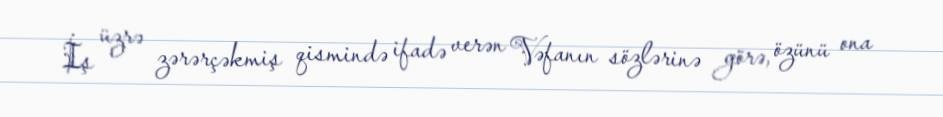
İş üzrə zərərçəkmiş qismində ifadə verən Vəfanın sözlərinə görə, özünü ona